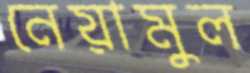
নেয়ামুল